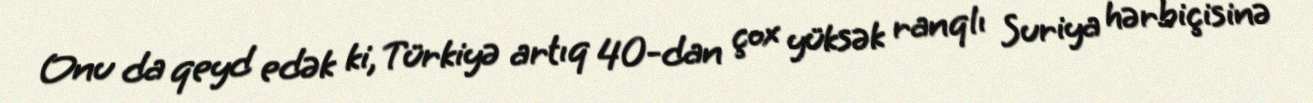
Onu da qeyd edək ki, Türkiyə artıq 40-dan çox yüksək ranqlı Suriya hərbiçisinə